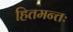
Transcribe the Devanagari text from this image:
हितमन्तः